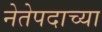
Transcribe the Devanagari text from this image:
नेतेपदाच्या